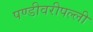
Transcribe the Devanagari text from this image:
पण्डीवरीपल्ली